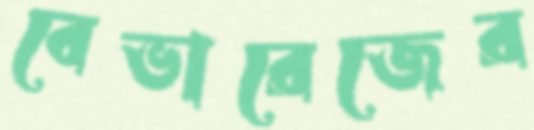
বেভারেজের